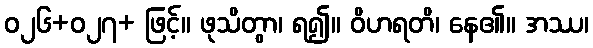
ဝ၂၆+၀၂၇+ ဖြင့်။ ဖုသိတွာ၊ ရ၍။ ဝိဟရတိ၊ နေ၏။ အဿ၊